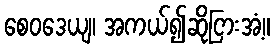
စေဝဒေယျ၊ အကယ်၍ဆိုငြားအံ့။